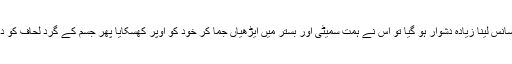
اس مشقت سے وہ ہانپ گئی اور سانس لینا زیادہ دشوار ہو گیا تو اس نے ہمت سمیٹی اور بستر میں ایڑھیاں جما کر خود کو اوپر کھسکایا پھر جسم کے گرد لحاف کو دباتی تکیے کے سہارے بیٹھ گئی۔